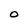
Character: O